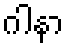
ဂါနာ